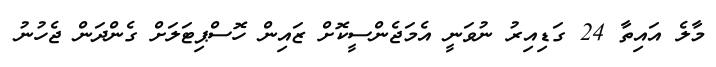
މާލެ އައިތާ 24 ގަޑިއިރު ނުވަނީ އެމަޖެންސީކޮށް ޒައިން ހޮސްޕިޓަލަށް ގެންދަން ޖެހުނު